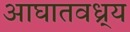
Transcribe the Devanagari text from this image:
आघातवध्र्य